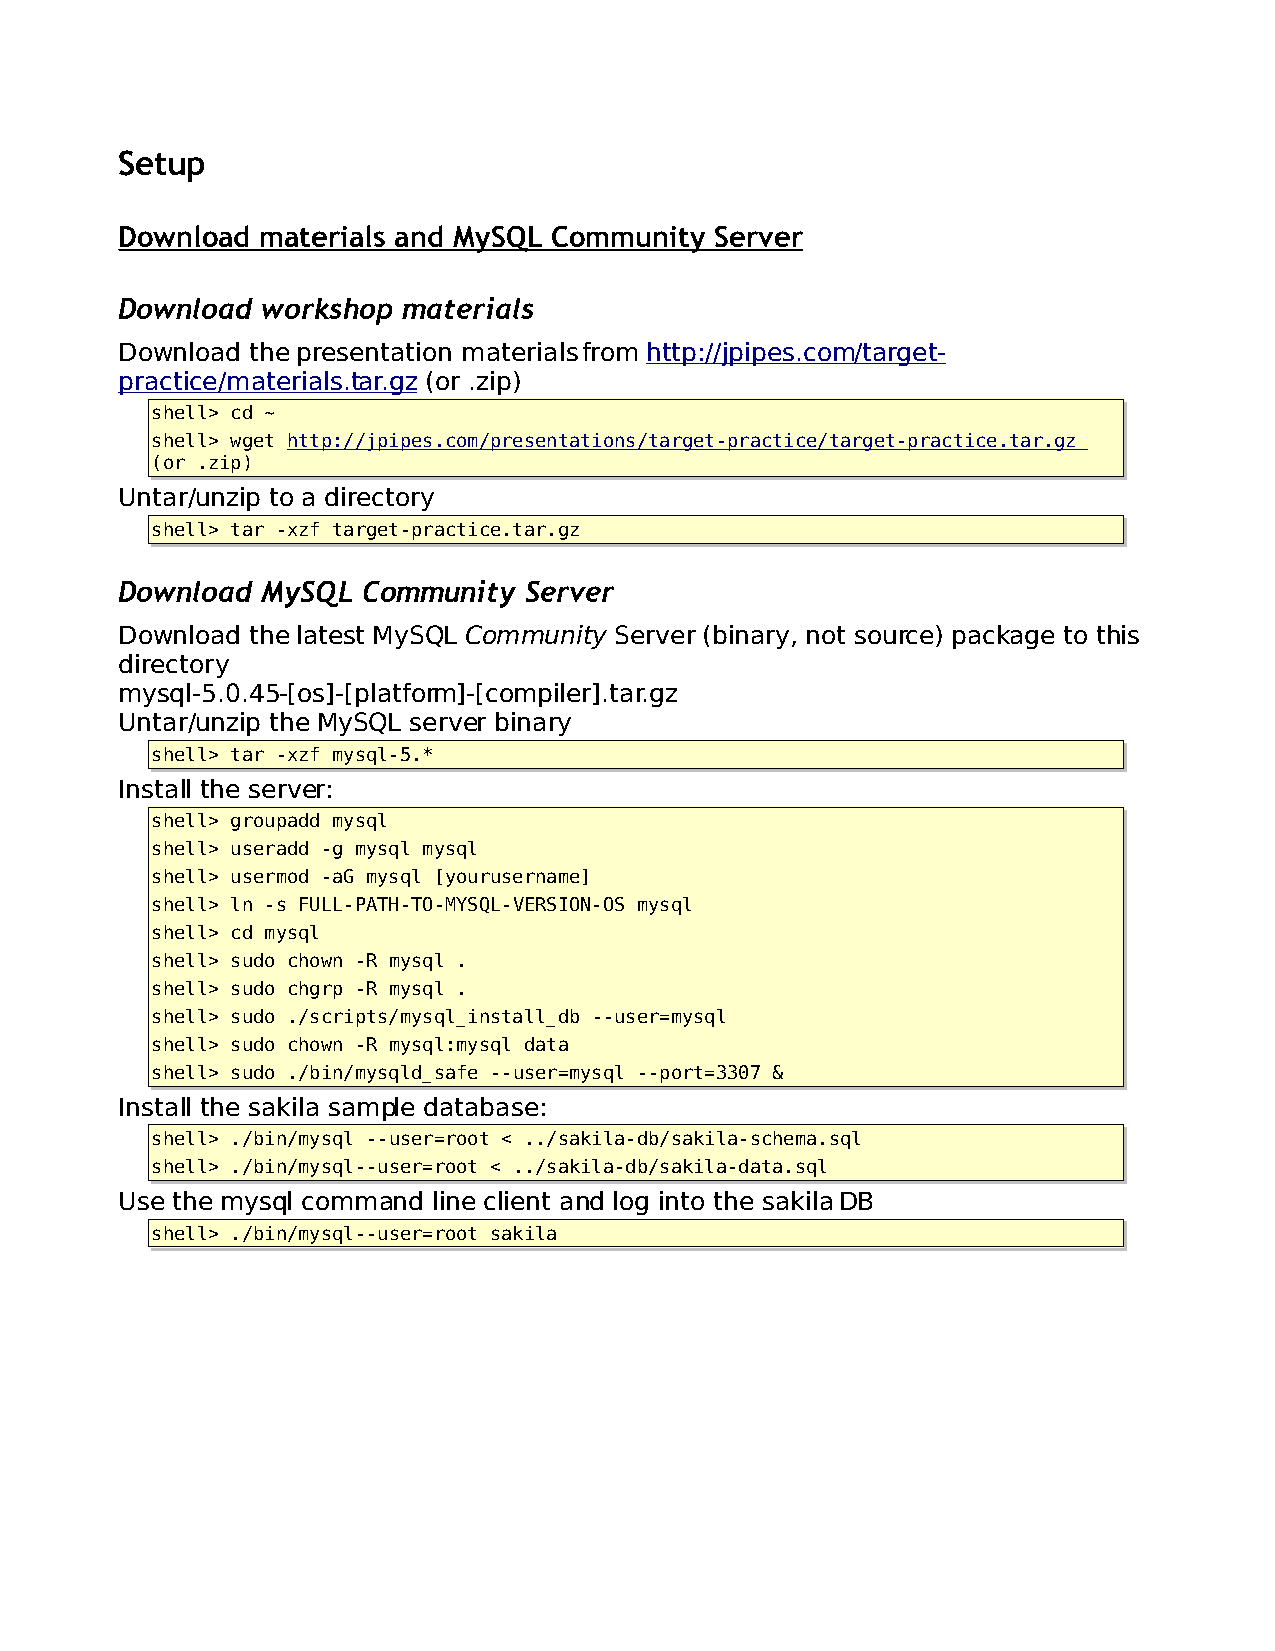
Setup
 Download materials and MySQL Community Server
 Download workshop  materials
 Download the presentation materials from http://jpipes.com/target-
 practice/materials.tar.gz (or .zip)
 shell> cd ~
 shell> wget http://jpipes.com/presentations/target-practice/target-practice.tar.gz
 (or .zip)
 Untar/unzip to a directory
 shell> tar -xzf target-practice.tar.gz
 Download MySQL  Community  Server
 Download the latest MySQL Community Server (binary, not source) package to this
 directory
 mysql-5.0.45-[os]-[platform]-[compiler].tar.gz
 Untar/unzip the MySQL server binary
 shell> tar -xzf mysql-5.*
 Install the server:
 shell> groupadd mysql
 shell> useradd -g mysql mysql
 shell> usermod -aG mysql [yourusername]
 shell> ln -s FULL-PATH-TO-MYSQL-VERSION-OS mysql
 shell> cd mysql
 shell> sudo chown -R mysql .
 shell> sudo chgrp -R mysql .
 shell> sudo ./scripts/mysql_install_db --user=mysql
 shell> sudo chown -R mysql:mysql data
 shell> sudo ./bin/mysqld_safe --user=mysql --port=3307 &
 Install the sakila sample database:
 shell> ./bin/mysql --user=root < ../sakila-db/sakila-schema.sql
 shell> ./bin/mysql--user=root < ../sakila-db/sakila-data.sql
 Use the mysql command line client and log into the sakila DB
 shell> ./bin/mysql--user=root sakila